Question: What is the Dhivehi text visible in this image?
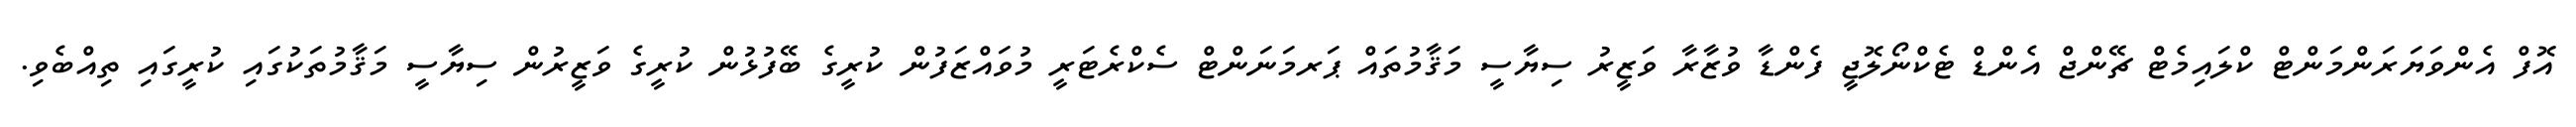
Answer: އޮފް އެންވަޔަރަންމަންޓް ކްލައިމެޓް ޗޭންޖް އެންޑް ޓެކްނޯލޮޖީ ފެންޑާ ވުޒާރާ ވަޒީރު ސިޔާސީ މަޤާމުތައް ޕަރމަނަންޓް ސެކްރެޓަރީ މުވައްޒަފުން ކުރީގެ ބޭފުޅުން ކުރީގެ ވަޒީރުން ސިޔާސީ މަޤާމުތަކުގައި ކުރީގައި ތިއްބެވި.